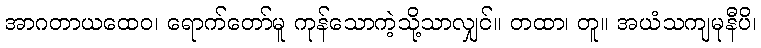
အာဂတာယထေဝ၊ ရောက်တော်မူ ကုန်သောကဲ့သို့သာလျှင်။ တထာ၊ တူ။ အယံသကျမုနီပိ၊